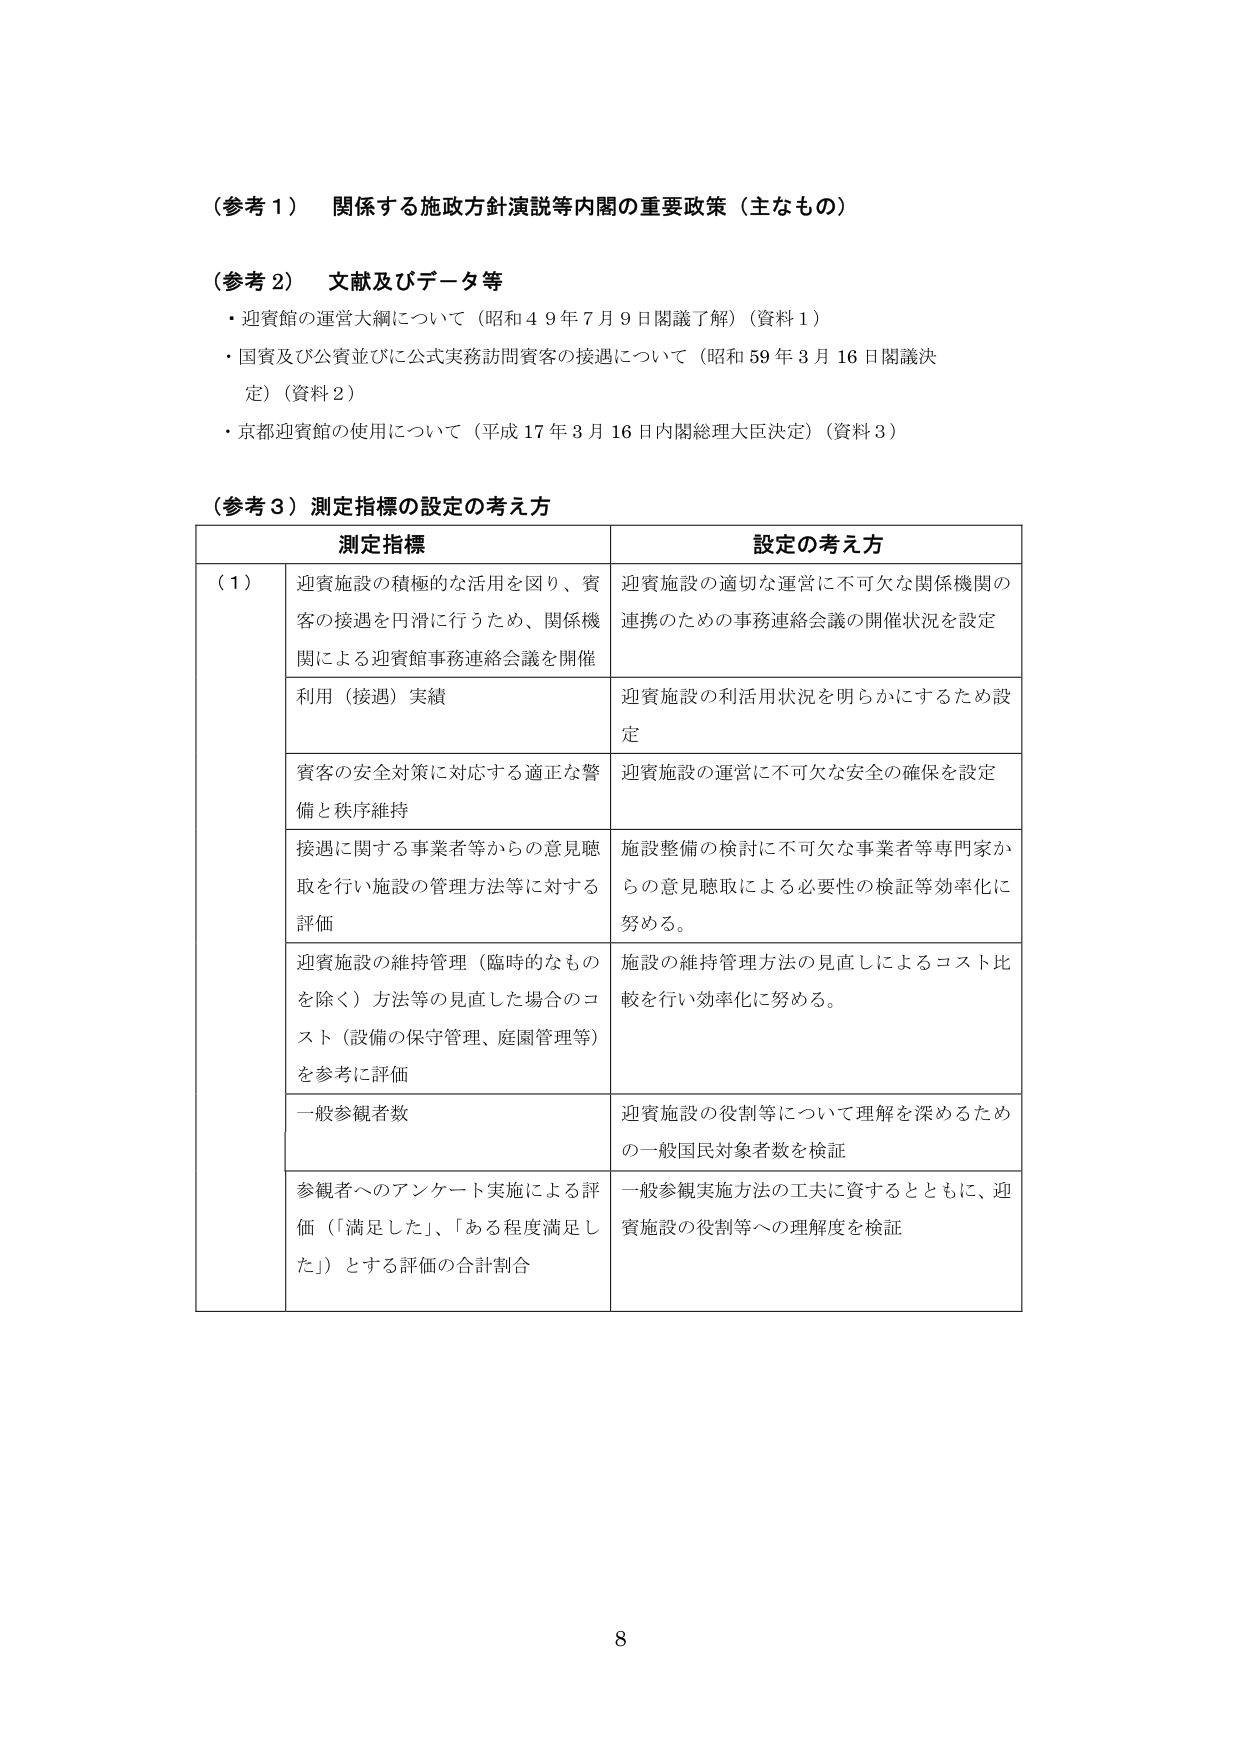
（参考１） 関係する施政方針演説等内閣の重要政策（主なもの）

（参考２） 文献及びデータ等
・迎賓館の運営大綱について（昭和４９年７月９日閣議了解）（資料１）
・国賓及び公賓並びに公式実務訪問賓客の接遇について（昭和５９年３月１６日閣議決定）（資料２）
・京都迎賓館の使用について（平成１７年３月１６日内閣総理大臣決定）（資料３）

（参考３） 測定指標の設定の考え方

測定指標